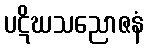
ပဋိဃသညောဇနံ